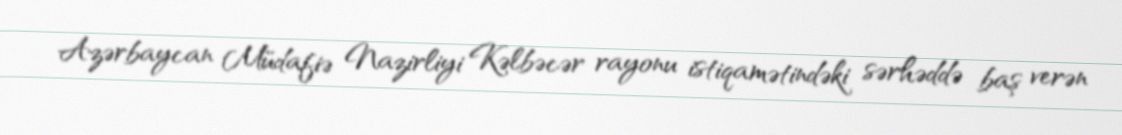
Azərbaycan Müdafiə Nazirliyi Kəlbəcər rayonu istiqamətindəki sərhəddə baş verən